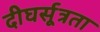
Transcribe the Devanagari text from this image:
दीघर्सूत्रता